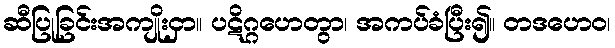
ဆီပြုခြင်းအကျိုးငှာ။ ပဋိဂ္ဂဟေတွာ၊ အကပ်ခံပြီး၍။ တဒဟေဝ၊